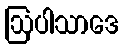
ဩပါသာဒေ